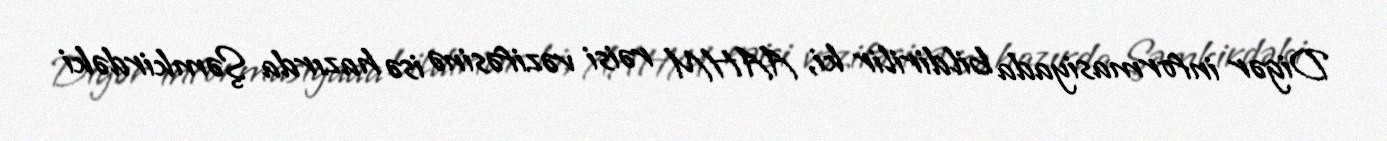
Digər informasiyada bildirilir ki, AAHM rəisi vəzifəsinə isə hazırda Şəmkirdəki